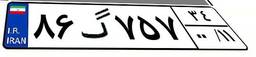
۸۶گ۷۵۷۳۴